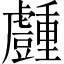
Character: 𧰜